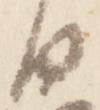
日